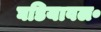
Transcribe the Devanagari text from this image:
घडियावल॰